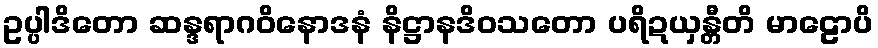
ဥပ္ပါဒိတော ဆန္ဒရာဂဝိနောဒနံ နိဋ္ဌာနဒိဝသတော ပရိဍယှန္တီတိ မာဠောပိ